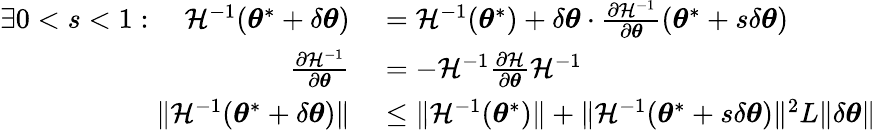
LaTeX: \begin{array}{rl}{\exists 0<s<1:\quad\mathcal{H}^{-1}({\boldsymbol{\theta}}^{*}+\delta{\boldsymbol{\theta}})}&{{}=\mathcal{H}^{-1}({\boldsymbol{\theta}}^{*})+\delta{\boldsymbol{\theta}}\cdot\frac{\partial\mathcal{H}^{-1}}{\partial{\boldsymbol{\theta}}}({\boldsymbol{\theta}}^{*}+s\delta{\boldsymbol{\theta}})}\\ {\frac{\partial\mathcal{H}^{-1}}{\partial{\boldsymbol{\theta}}}}&{{}=-\mathcal{H}^{-1}\frac{\partial\mathcal{H}}{\partial{\boldsymbol{\theta}}}\mathcal{H}^{-1}}\\ {\lVert\mathcal{H}^{-1}({\boldsymbol{\theta}}^{*}+\delta{\boldsymbol{\theta}})\rVert}&{{}\leq\lVert\mathcal{H}^{-1}({\boldsymbol{\theta}}^{*})\rVert+\lVert\mathcal{H}^{-1}({\boldsymbol{\theta}}^{*}+s\delta{\boldsymbol{\theta}})\rVert^{2}L\lVert\delta{\boldsymbol{\theta}}\rVert}\end{array}